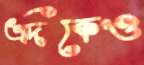
এদিকেও